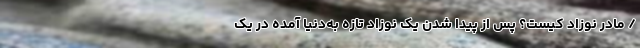
/ مادر نوزاد کیست؟ پس از پیدا شدن یک نوزاد تازه به‌دنیا آمده در یک